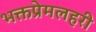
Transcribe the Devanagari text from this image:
भक्तप्रेमलहरी